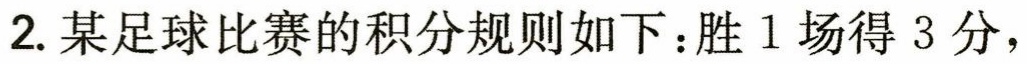
2. 某足球比赛的积分规则如下：胜 1 场得 3 分，